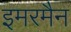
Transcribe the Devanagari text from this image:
इमरमैन